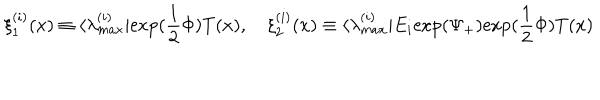
\xi _ { 1 } ^ { ( i ) } ( x ) \equiv \langle \lambda _ { m a x } ^ { ( i ) } | \mathrm { e x p ( } \frac { 1 } { 2 } \Phi ) T ( x ) , { } ~ \xi _ { 2 } ^ { ( i ) } ( x ) \equiv \langle \lambda _ { m a x } ^ { ( i ) } | E _ { i } \mathrm { e x p ( } \Psi _ { + } ) \mathrm { e x p ( } \frac { 1 } { 2 } \Phi ) T ( x )